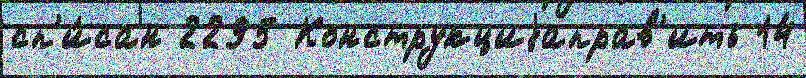
сп'и́сан 2295 Конструкциjаправ'ить 14